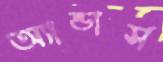
অ্যান্ডার্স